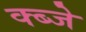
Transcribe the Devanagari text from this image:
क्ब्जे